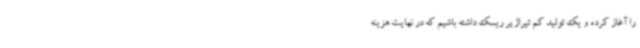
را آغاز کرده و یک تولید کم تیراژ پر ریسک داشته باشیم که در نهایت هزینه